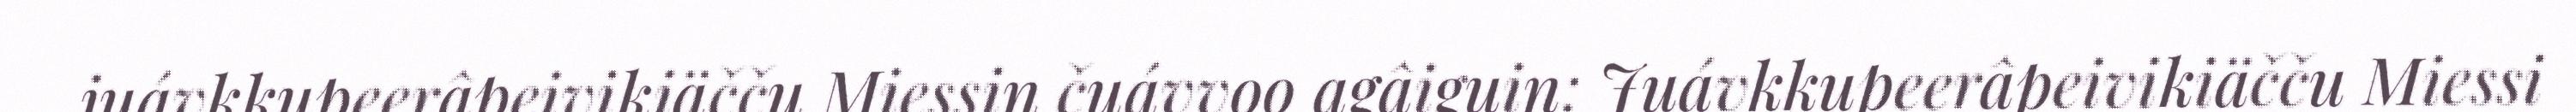
juávkkupeerâpeivikiäčču Miessin čuávvoo agâiguin: Juávkkupeerâpeivikiäčču Miessi